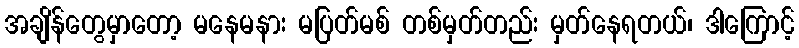
အချိန်တွေမှာတော့ မနေမနား မပြတ်မစ် တစ်မှတ်တည်း မှတ်နေရတယ်၊ ဒါကြောင့်